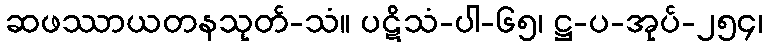
ဆဖဿာယတနသုတ်-သံ။ ပဋိသံ-ပါ-၆၅၊ ဋ္ဌ-ပ-အုပ်-၂၅၄၊